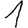
Digit: 1